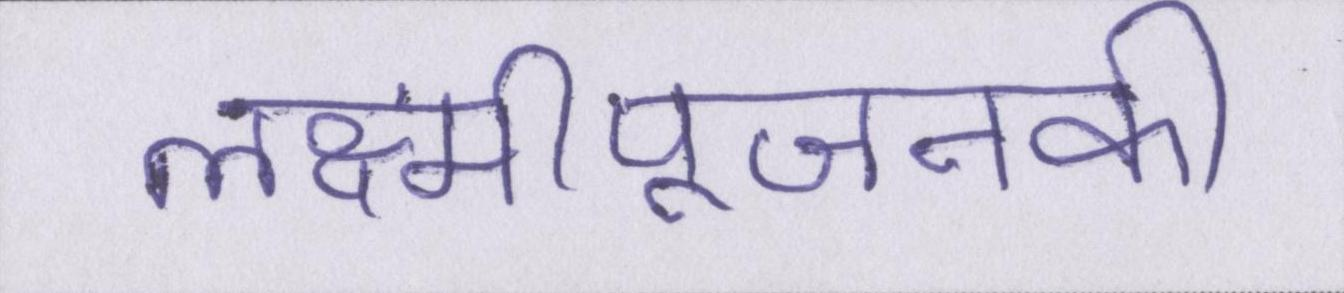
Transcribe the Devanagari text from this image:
लक्ष्मीपूजनकी